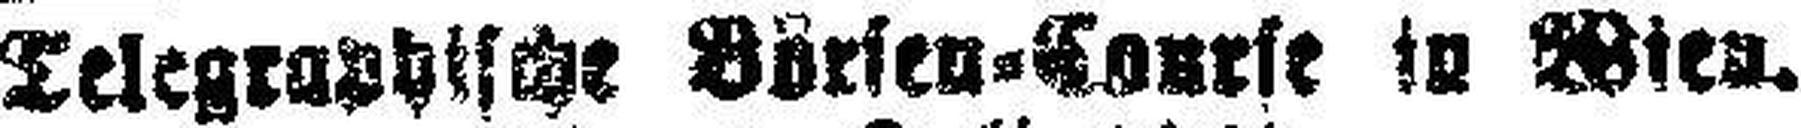
Telegraphische Börsen=Course in Wien.